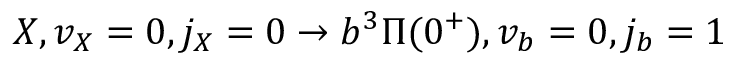
X , v _ { X } = 0 , j _ { X } = 0 \to b ^ { 3 } \Pi ( 0 ^ { + } ) , v _ { b } = 0 , j _ { b } = 1